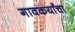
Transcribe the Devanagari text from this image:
गावकर्यांचा